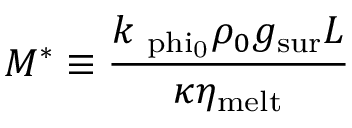
M ^ { * } \equiv \frac { k _ { \mathrm { \ p h i _ { \mathrm { 0 } } } } \rho _ { 0 } { g _ { \mathrm { s u r } } } L } { \kappa \eta _ { \mathrm { m e l t } } }